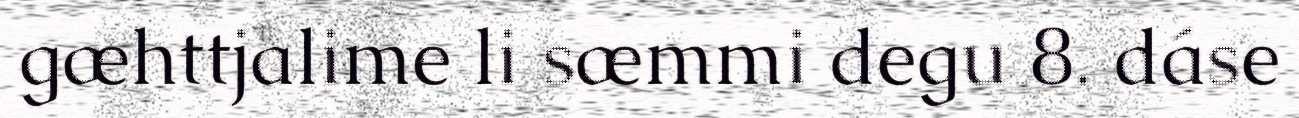
gæhttjalime li sæmmi degu 8. dáse